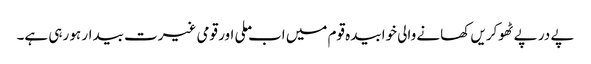
پے در پے ٹھوکریں کھانے والی خوابیدہ قوم میں اب ملی اور قومی غیرت بیدار ہو رہی ہے۔